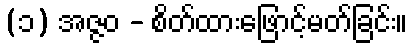
(၁) အဇ္ဇဝ - စိတ်ထားဖြောင့်မတ်ခြင်း။